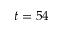
t = 5 4